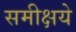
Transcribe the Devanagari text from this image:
समीक्षये